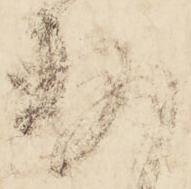
存